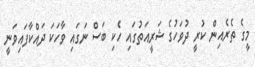
މީގެ ތެރެއިން ކުރީ ދުވަހުގެ ޝަރީއަތުގައި ހެކި ބަސް ނަގައި ވާހަކަ ދައްކާފައިވަނީ